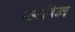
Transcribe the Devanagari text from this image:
स्चीन